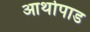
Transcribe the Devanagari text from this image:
आर्थोपाड